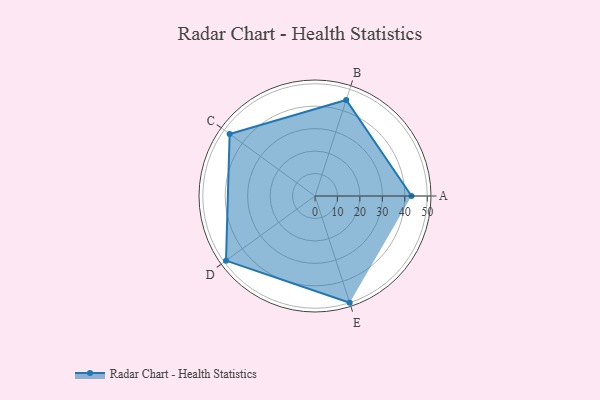
{"axis": {"x": "Skill", "y": "Score"}, "legend": ["Profile"], "data": [{"x": "A", "y": 43.0, "type": "Profile"}, {"x": "B", "y": 45.0, "type": "Profile"}, {"x": "C", "y": 47.0, "type": "Profile"}, {"x": "D", "y": 49.0, "type": "Profile"}, {"x": "E", "y": 50.0, "type": "Profile"}]}